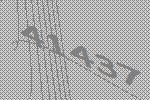
41437